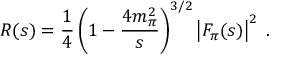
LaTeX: R ( s ) = { \frac { 1 } { 4 } } \left( 1 - { \frac { 4 m _ { \pi } ^ { 2 } } { s } } \right) ^ { 3 / 2 } \left| F _ { \pi } ( s ) \right| ^ { 2 } \; .